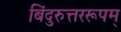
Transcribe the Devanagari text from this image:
बिंदुरुत्तररूपम्